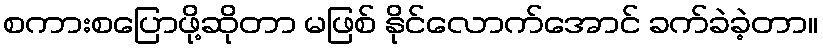
စကားစပြောဖို့ဆိုတာ မဖြစ် နိုင်လောက်အောင် ခက်ခဲခဲ့တာ။